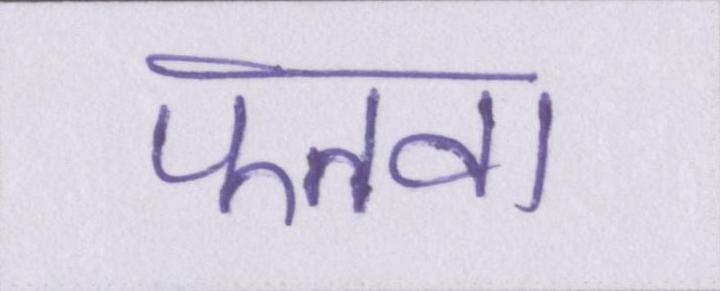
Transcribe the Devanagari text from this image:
फतवा